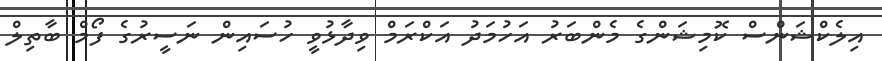
އިލެކްޝަންސް ކޮމިޝަންގެ މެންބަރު އަހުމަދު އަކްރަމް ވިދާޅުވީ ހުސައިން ނަސީރުގެ ފޯމް ބާތިލް